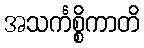
အသင်္ကစ္စိကာတိ